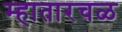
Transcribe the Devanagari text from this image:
म्हातारचळ